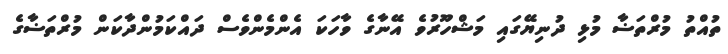
ތުއްތު މުރްތަޟާ މުޅި ދުނިޔޭގައި މަޝްހޫރުވެ އޭނާގެ ވާހަކަ އެންމެންވެސް ދައްކަމުންދާކަން މުރްތަޟާގެ